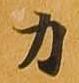
力